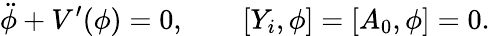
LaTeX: \ddot{\phi}+V^{\prime}(\phi)=0,\qquad[Y_{i},\phi]=[A_{0},\phi]=0.